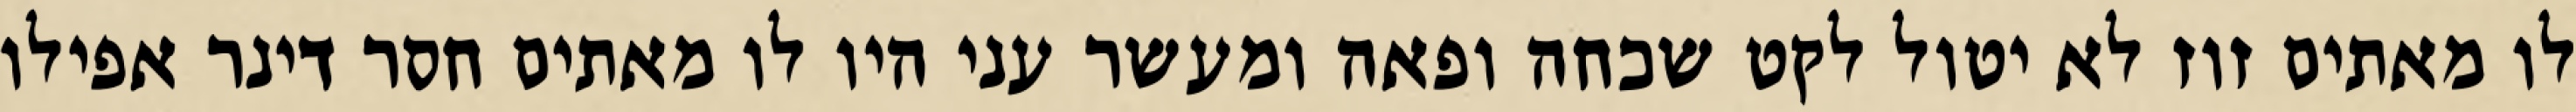
לו מאתים זוז לא יטול לקט שכחה ופאה ומעשר עני היו לו מאתים חסר דינר אפילו